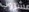
مشروب